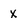
Character: X